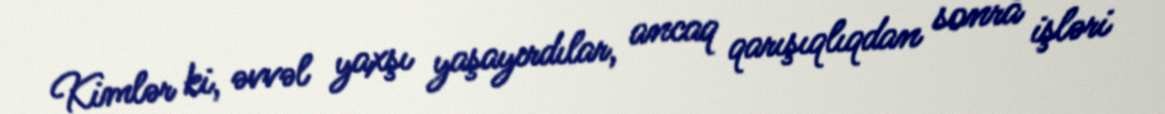
Kimlər ki, əvvəl yaxşı yaşayırdılar, ancaq qarışıqlıqdan sonra işləri